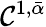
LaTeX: \mathcal{C}^{1,\bar{{\alpha}}}